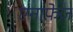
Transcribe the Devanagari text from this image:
एनाफे़ज़